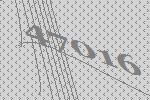
47016